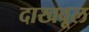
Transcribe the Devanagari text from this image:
दाखवूल